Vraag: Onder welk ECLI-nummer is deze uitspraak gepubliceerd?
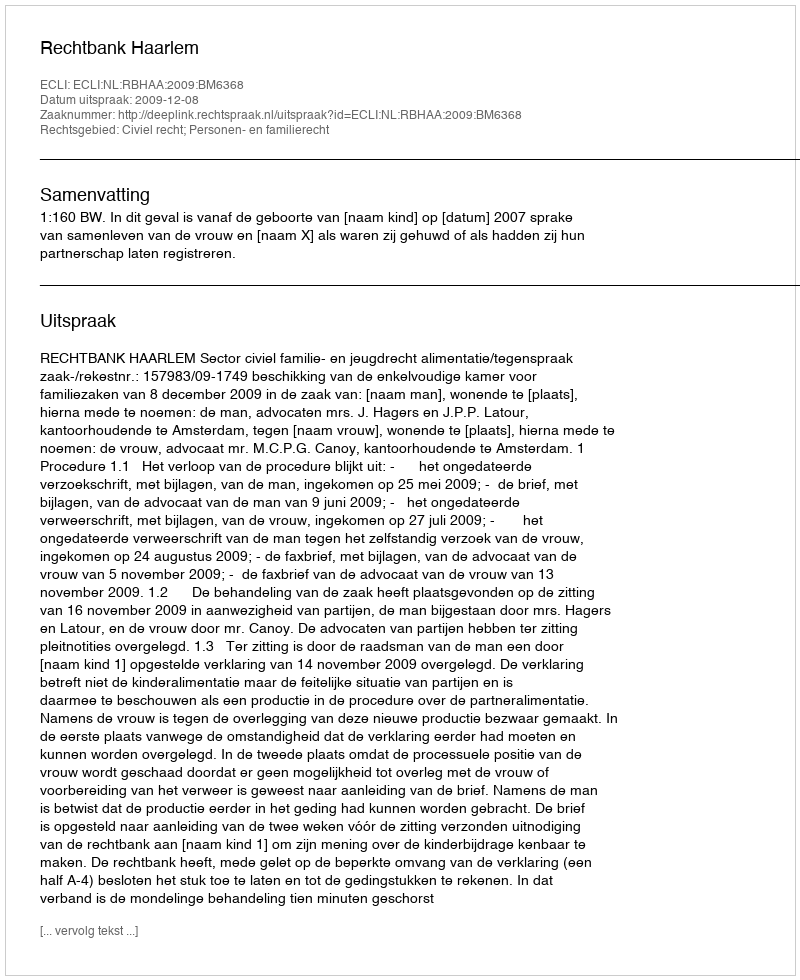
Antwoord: ECLI:NL:RBHAA:2009:BM6368